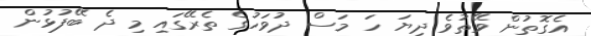
އެގޮތުން ވޭތުވެ ދިޔަ ހަ މަސް ދުވަހުގެ ތެރޭގައި މި ދެ ބޭފުޅުން